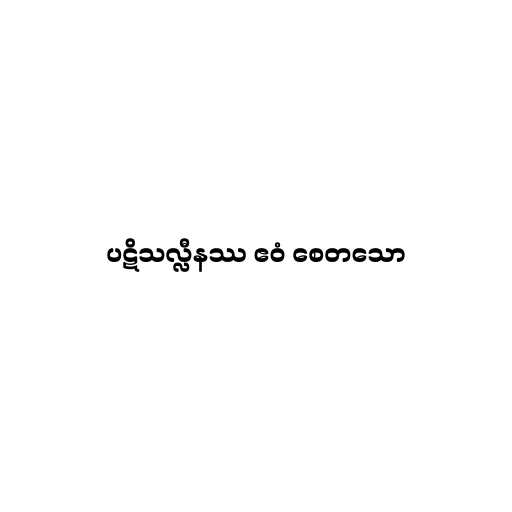
ပဋိသလ္လီနဿ ဧဝံ စေတသော